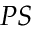
P S